画像に写った文字を読んでください
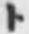
「ト」と書いてあります